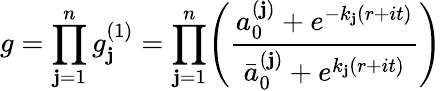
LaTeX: g=\displaystyle\prod_{\mathbf{j}=1}^{n}g_{\mathbf{j}}^{(1)}=\displaystyle\prod_{\mathbf{j}=1}^{n}\Biggl({\frac{{a_{0}^{(\mathbf{j})}+e^{-{k_{\mathbf{j}}}(r+it)}}}{{\bar{{a}}_{0}^{(\mathbf{j})}+e^{{k_{\mathbf{j}}}(r+it)}}}}\Biggr)